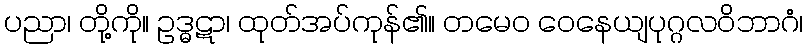
ပညာ၊ တို့ကို။ ဥဒ္ဓဋာ၊ ထုတ်အပ်ကုန်၏။ တမေဝ ဝေနေယျပုဂ္ဂလဝိဘာဂံ၊